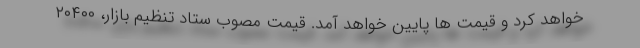
خواهد کرد و قیمت ها پایین خواهد آمد. قیمت مصوب ستاد تنظیم بازار، ۲۰۴۰۰